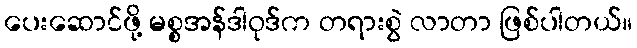
ပေးဆောင်ဖို့ မစ္စအန်ဒါဝုဒ်က တရားစွဲ လာတာ ဖြစ်ပါတယ်။